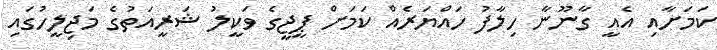
ކަމަށާއި އެއީ ގާނޫނާ ހިލާފު ހައްޔަރެއް ކަމަށް ޕީޖީގެ ވަކީލު ޝަރީއަތުގެ މަޖިލީހުގައި